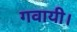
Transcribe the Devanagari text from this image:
गवायी।